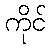
ကိုင်